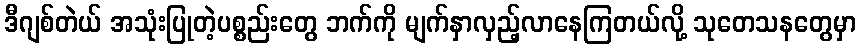
ဒီဂျစ်တဲယ် အသုံးပြုတဲ့ပစ္စည်းတွေ ဘက်ကို မျက်နှာလှည့်လာနေကြတယ်လို့ သုတေသနတွေမှာ